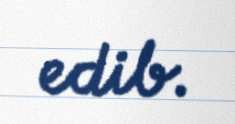
edib.